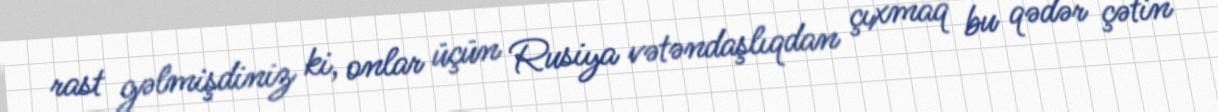
rast gəlmişdiniz ki, onlar üçün Rusiya vətəndaşlıqdan çıxmaq bu qədər çətin